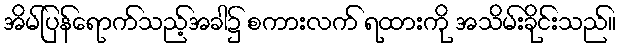
အိမ်ပြန်ရောက်သည့်အခါ၌ စကားလက် ရထားကို အသိမ်းခိုင်းသည်။